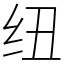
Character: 纽